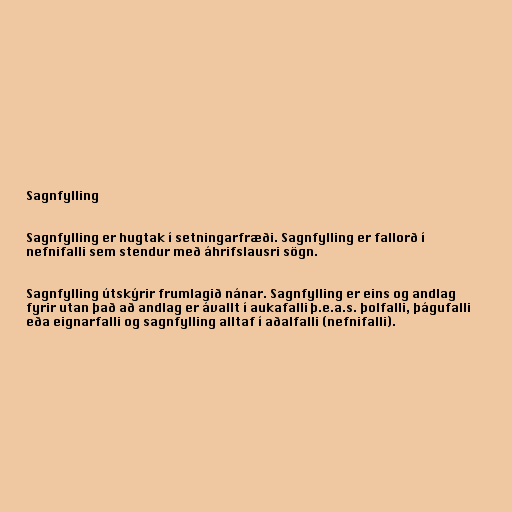
Sagnfylling

Sagnfylling er hugtak í setningarfræði. Sagnfylling er fallorð í
nefnifalli sem stendur með áhrifslausri sögn.

Sagnfylling útskýrir frumlagið nánar. Sagnfylling er eins og andlag
fyrir utan það að andlag er ávallt í aukafalli þ.e.a.s. þolfalli, þágufalli
eða eignarfalli og sagnfylling alltaf í aðalfalli (nefnifalli).